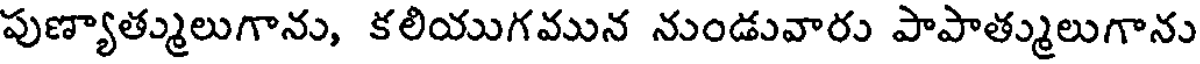
పుణ్యాత్ములుగాను, కలియుగమున నుండువారు పాపాత్ములుగాను